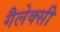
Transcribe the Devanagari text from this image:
गैलेक्‍सी